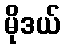
မိုဒယ်